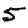
Digit: 5